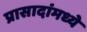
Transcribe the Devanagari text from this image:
प्रासादांमध्ये